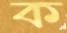
ক